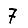
Digit: 7